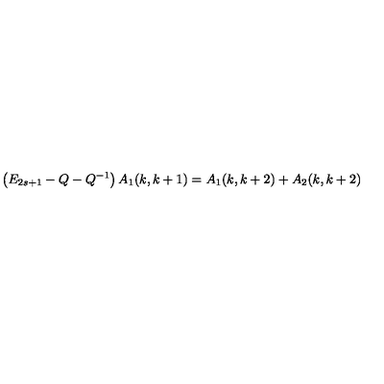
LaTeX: \left( E _ { 2 s + 1 } - Q - Q ^ { - 1 } \right) A _ { 1 } ( k , k + 1 ) = A _ { 1 } ( k , k + 2 ) + A _ { 2 } ( k , k + 2 )